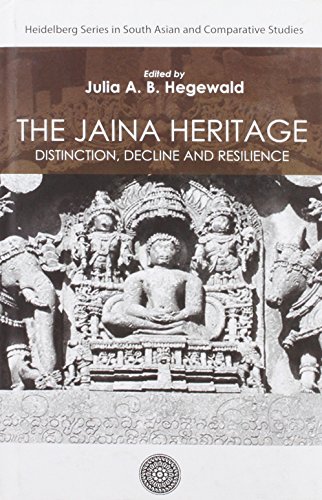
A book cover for Jaina Heritage: Distinction, Decline and Resilience; Julia Hegewald; Religion & Spirituality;